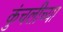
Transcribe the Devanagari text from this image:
कुंचलीच्या